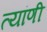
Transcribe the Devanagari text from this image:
त्यांणी